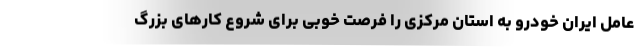
عامل ایران خودرو به استان مرکزی را فرصت خوبی برای شروع کارهای بزرگ